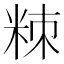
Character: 䊂